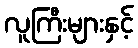
လူကြီးများနှင့်